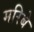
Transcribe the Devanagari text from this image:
मरिबे